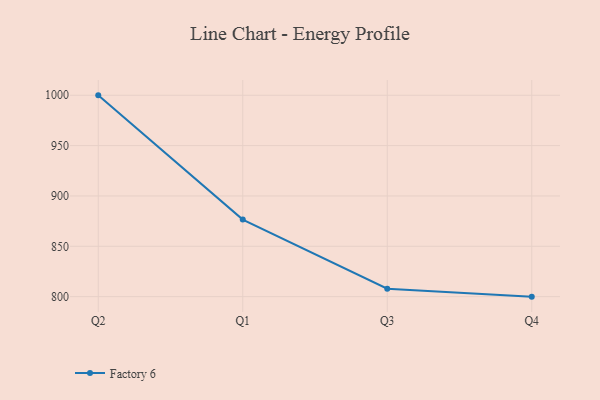
{"axis": {"x": "Quarter", "y": "Operating Costs (USD K)"}, "legend": ["Factory 6"], "data": [{"x": "Q2", "y": 999.9, "type": "Factory 6"}, {"x": "Q1", "y": 876.5, "type": "Factory 6"}, {"x": "Q3", "y": 807.9, "type": "Factory 6"}, {"x": "Q4", "y": 800, "type": "Factory 6"}]}